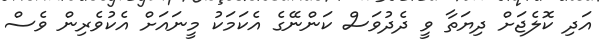
އަދި ކޮލެޖަށް ދިޔަތާ ވީ ދެދުވަސް ކަންނޭގެ އެކަމަކު މީނައަށް އެކުވެރިން ވެސް